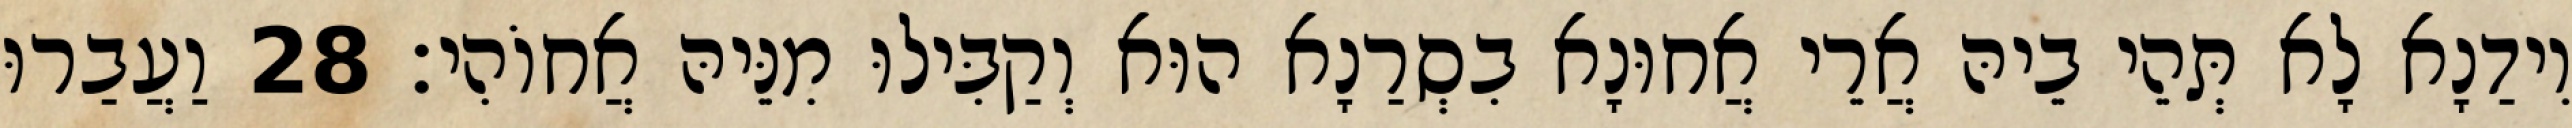
וִידַנָא לָא תְּהֵי בֵיהּ אֲרֵי אֲחוּנָא בִסְרַנָא הוּא וְקַבִּילוּ מִנֵּיהּ אֲחוֹהִי׃ 28 וַעֲבַרוּ